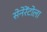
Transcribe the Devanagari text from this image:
सेनेरेंटोला